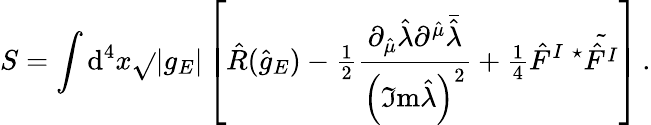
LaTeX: S=\int\mathrm{d}^{4}x\sqrt{}{{|g_{E}|}}\left[\hat{{R}}(\hat{{g}}_{E})-{\textstyle\frac{{1}}{{2}}}\frac{{\partial_{\hat{{\mu}}}\hat{{\lambda}}\partial^{\hat{{\mu}}}\bar{{\hat{{\lambda}}}}}}{{\left(\Im\mathrm{{m}}\hat{{\lambda}}\right)^{2}}}+{\textstyle\frac{{1}}{{4}}}\hat{{F}}^{I}\ {}^{\star}\tilde{{\hat{{F}}^{I}}}\right]\, .